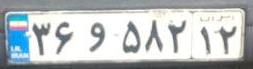
۳۶و۵۸۲۱۲